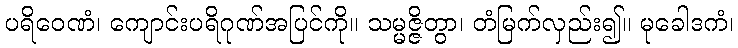
ပရိဝေဏံ၊ ကျောင်းပရိဂုဏ်အပြင်ကို။ သမ္မဇ္ဇိတွာ၊ တံမြက်လှည်း၍။ မုခေါဒကံ၊